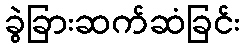
ခွဲခြားဆက်ဆံခြင်း